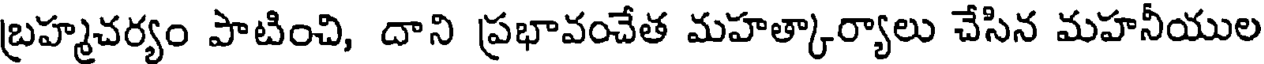
బ్రహ్మచర్యం పాటించి, దాని ప్రభావంచేత మహత్కార్యాలు చేసిన మహనీయుల